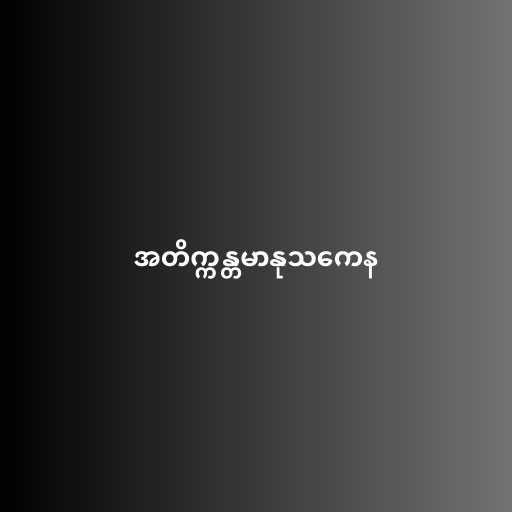
အတိက္ကန္တမာနုသကေန